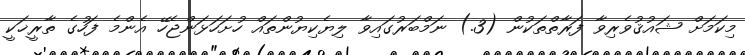
މިކަމަށް ޝައުޤުވެރިވާ ފަރާތްތަކުން (3.) ނަމްބަރުގައިވާ ލިޔެކިޔުންތައް ހުށަހަޅަންޖެހޭ އެންމެ ފަހުގެ ތާރީޚަކީ